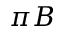
\pi B